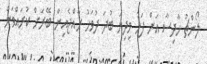
ލޯންޗު ހާދިސާ އަށް ފަހު މިދިޔަ ބުދަ ދުވަހު ރާއްޖެއިން ބޭރަށް ކުރައްވަން